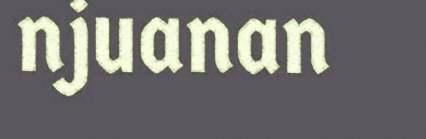
njuanan